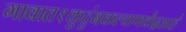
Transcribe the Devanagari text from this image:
गावात१कुटुंबकल्याणकेंद्रआहे